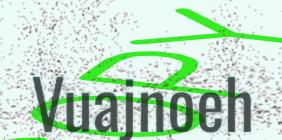
Vuajnoeh